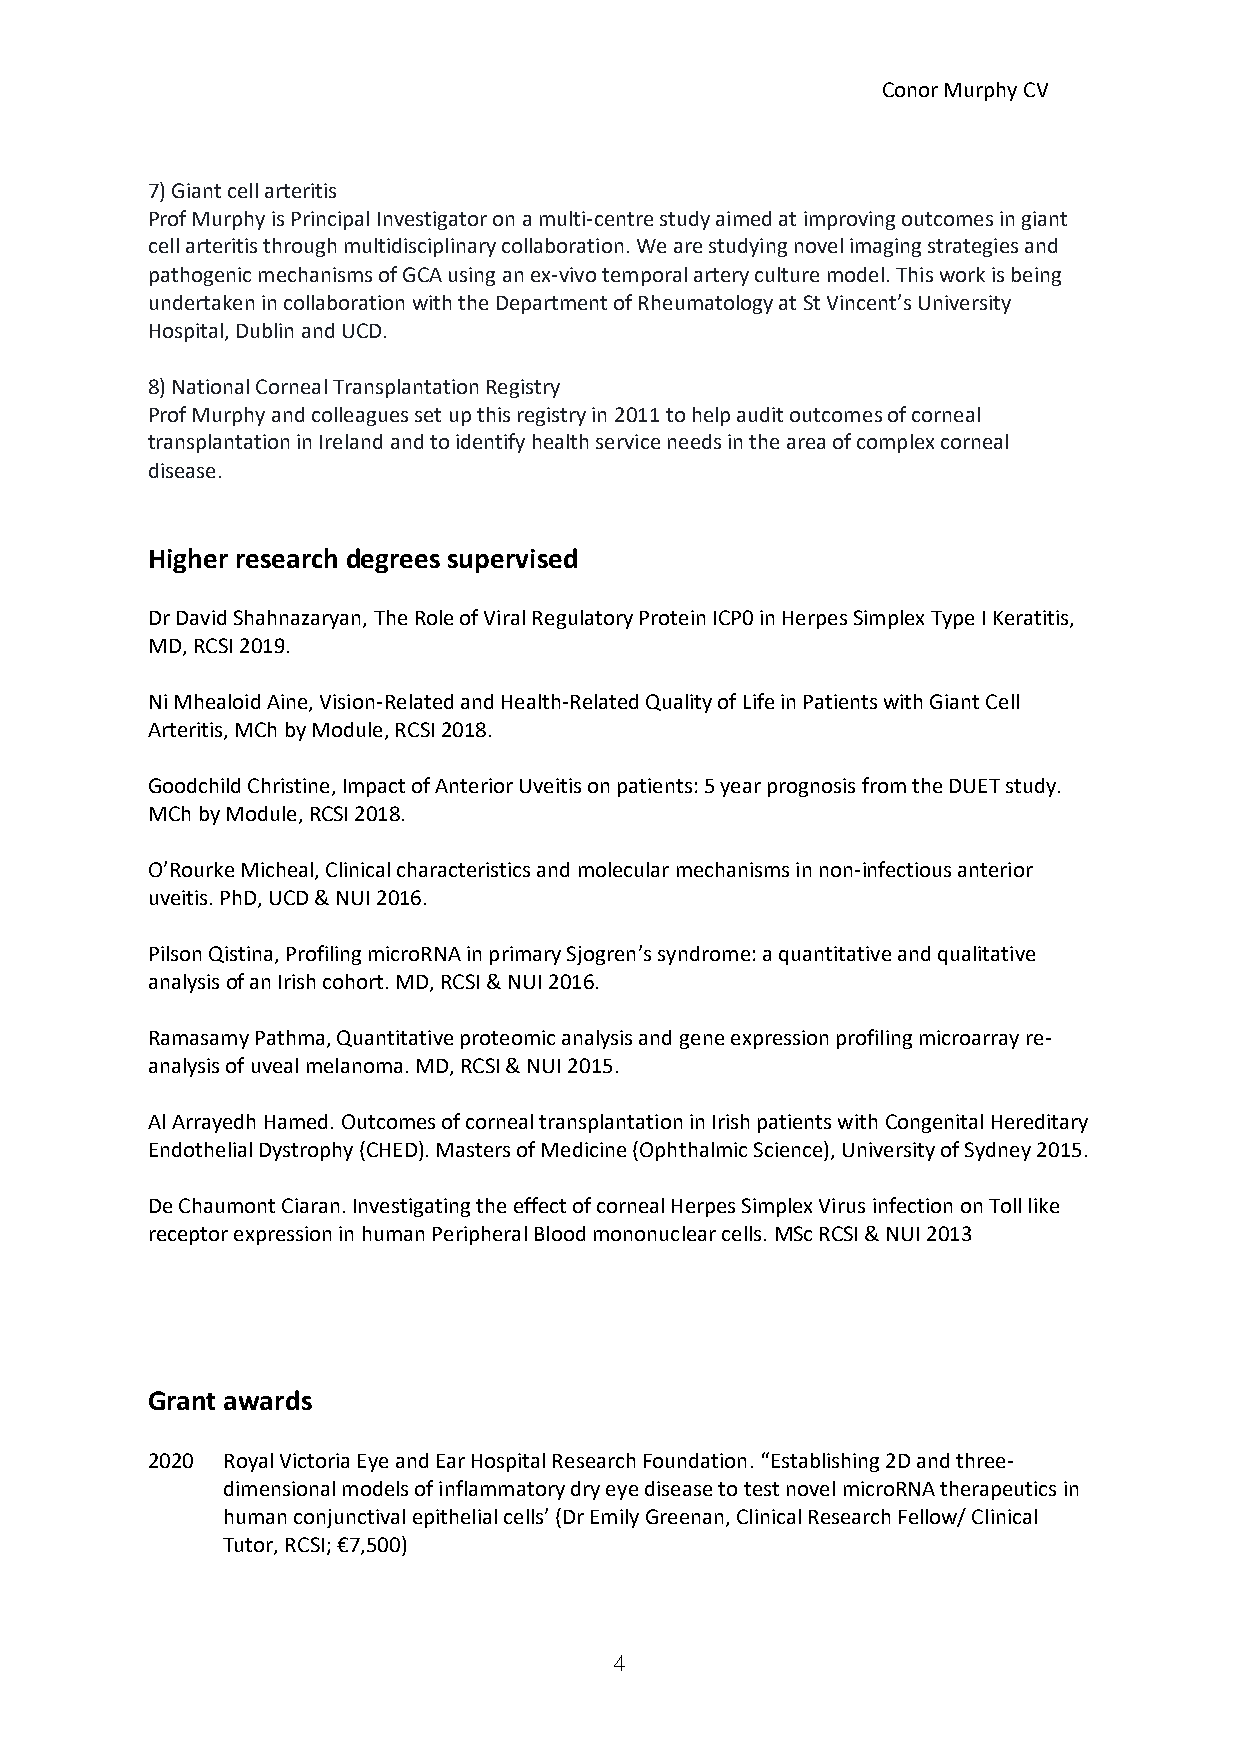
Conor Murphy CV
 7) Giant cell arteritis
 Prof Murphy is Principal Investigator on a multi-centre study aimed at improving outcomes in giant
 cell arteritis through multidisciplinary collaboration. We are studying novel imaging strategies and
 pathogenic mechanisms of GCA using an ex-vivo temporal artery culture model. This work is being
 undertaken in collaboration with the Department of Rheumatology at St Vincent’s University
 Hospital, Dublin and UCD.
 8) National Corneal Transplantation Registry
 Prof Murphy and colleagues set up this registry in 2011 to help audit outcomes of corneal
 transplantation in Ireland and to identify health service needs in the area of complex corneal
 disease.
 Higher research degrees supervised
 Dr David Shahnazaryan, The Role of Viral Regulatory Protein ICP0 in Herpes Simplex Type I Keratitis,
 MD, RCSI 2019.
 Ni Mhealoid Aine, Vision-Related and Health-Related Quality of Life in Patients with Giant Cell
 Arteritis, MCh by Module, RCSI 2018.
 Goodchild Christine, Impact of Anterior Uveitis on patients: 5 year prognosis from the DUET study.
 MCh by Module, RCSI 2018.
 O’Rourke Micheal, Clinical characteristics and molecular mechanisms in non-infectious anterior
 uveitis. PhD, UCD & NUI 2016.
 Pilson Qistina, Profiling microRNA in primary Sjogren’s syndrome: a quantitative and qualitative
 analysis of an Irish cohort. MD, RCSI & NUI 2016.
 Ramasamy Pathma, Quantitative proteomic analysis and gene expression profiling microarray re-
 analysis of uveal melanoma. MD, RCSI & NUI 2015.
 Al Arrayedh Hamed. Outcomes of corneal transplantation in Irish patients with Congenital Hereditary
 Endothelial Dystrophy (CHED). Masters of Medicine (Ophthalmic Science), University of Sydney 2015.
 De Chaumont Ciaran. Investigating the effect of corneal Herpes Simplex Virus infection on Toll like
 receptor expression in human Peripheral Blood mononuclear cells. MSc RCSI & NUI 2013
 Grant awards
 2020 Royal Victoria Eye and Ear Hospital Research Foundation. “Establishing 2D and three-
 dimensional models of inflammatory dry eye disease to test novel microRNA therapeutics in
 human conjunctival epithelial cells’ (Dr Emily Greenan, Clinical Research Fellow/ Clinical
 Tutor, RCSI; €7,500)
 4